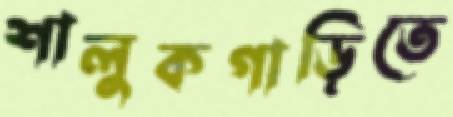
শালুকগাড়িতে